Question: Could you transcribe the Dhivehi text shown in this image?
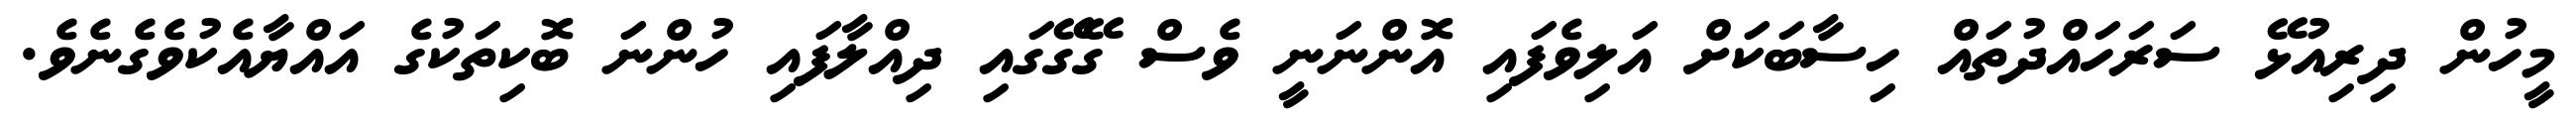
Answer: މީހުން ދިރިއުޅޭ ސަރަހައްދުތައް ހިސާބަކަށް އަލިވެފައި އޮންނަނީ ވެސް ގޭގޭގައި ދިއްލާފައި ހުންނަ ބޮކިތަކުގެ އައްޔާއެކުވެގެނެވެ.